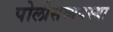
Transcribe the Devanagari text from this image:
पोलीसव्यवस्था